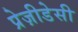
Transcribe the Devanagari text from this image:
प्रेज़ीडेसी